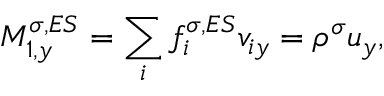
M _ { 1 , y } ^ { \sigma , E S } = \sum _ { i } f _ { i } ^ { \sigma , E S } v _ { i y } = \rho ^ { \sigma } u _ { y } ,